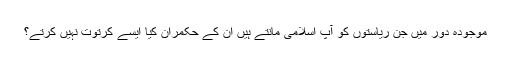
موجودہ دور میں جن ریاستوں کو آپ اسلامی مانتے ہیں ان کے حکمران کیا ایسے کرتوت نہیں کرتے؟